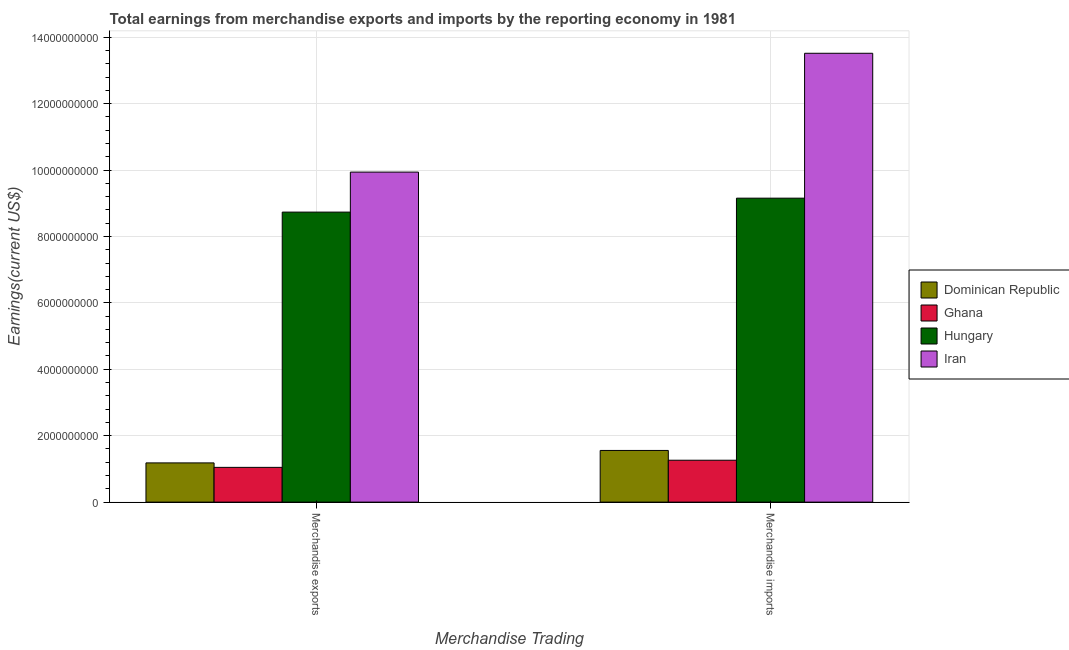
| Merchandise Trading | Dominican Republic | Ghana | Hungary | Iran |
 | --- | --- | --- | --- | --- |
 | Merchandise exports | 1.18e+09 | 1.05e+09 | 8.73e+09 | 9.94e+09 |
 | Merchandise imports | 1.56e+09 | 1.26e+09 | 9.15e+09 | 1.35e+10 |